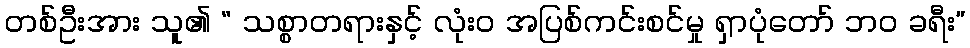
တစ်ဦးအား သူ၏ “ သစ္စာတရားနှင့် လုံးဝ အပြစ်ကင်းစင်မှု ရှာပုံတော် ဘဝ ခရီး”